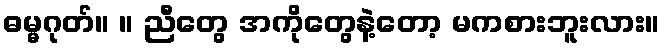
ဓမ္မဂုတ်။ ။ ညီတွေ အကိုတွေနဲ့တော့ မကစားဘူးလား။